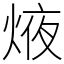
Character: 焲